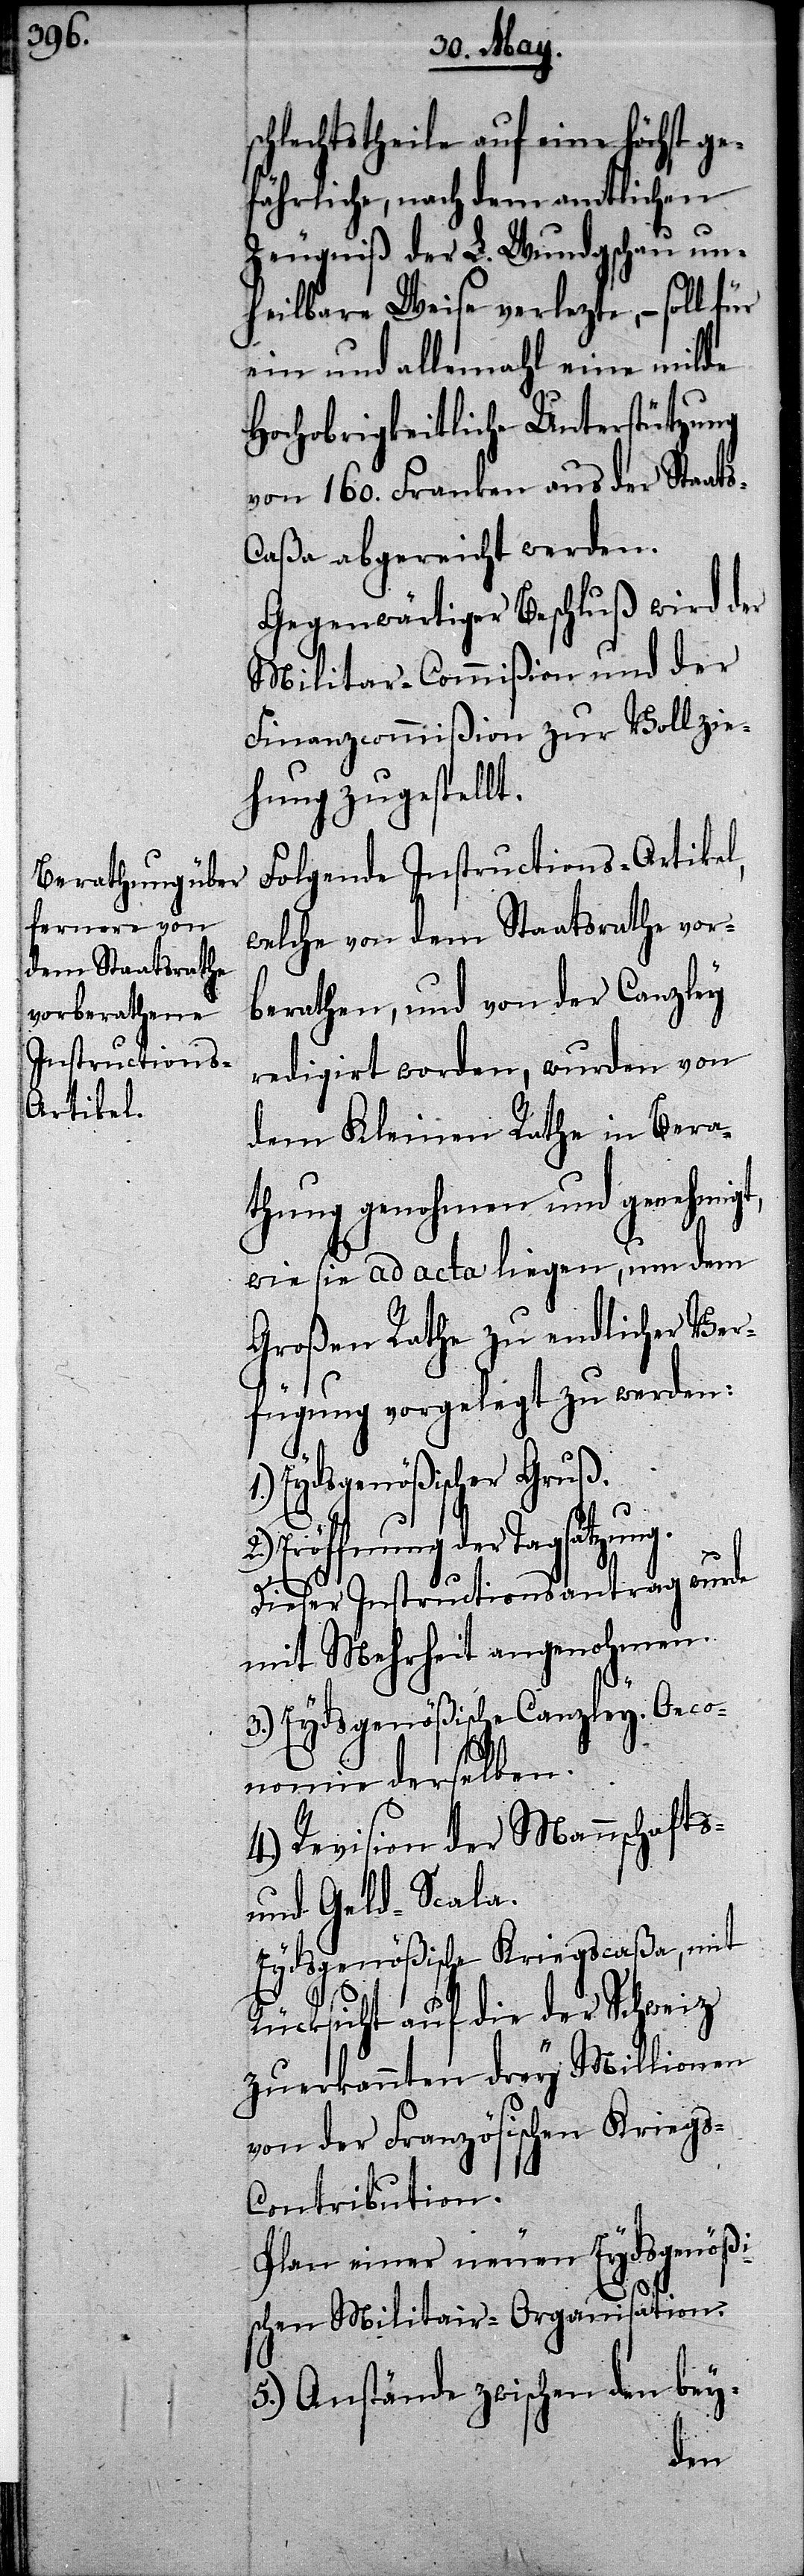
chlechtstheile auf eine höchst ge¬
fährliche, nach dem amtlichen
Zeugniß der L. Wundgschau un¬
heilbare Weise verlezte, – soll für
ein und allemahl eine milde
Hochobrigkeitliche Unterstützung
von 160. Franken aus der Staats¬
caßa abgereicht werden.
Gegenwärtiger Beschluß wird der
Militar-Commißion und der
Finanzcommißion zur Vollzie¬
hung gestellt.
Folgende Instructions-Artikel,
welche von dem Staatsrathe vor¬
berathen, und von der Canzley
redigirt worden, wurden von
dem Kleinen Rathe in Bera¬
thung genohmen und genehmigt,
wie sie ad acta liegen, um dem
Großen Rathe zu endlicher Ver¬
fügung vorgelegt zu werden:
Eydsgenößischer Gruß.
Eröffnung der Tagsatzung.
Dieser Instructionsantrag wurde
mit Mehrheit angenohmen.
3.) Eydsgenößische Canzley. Oeco¬
nomie derselben.
4.) Revision der Mannschafts-
und Geld-Scala.
Eydsgenößische Kriegscaßa, mit
Rücksicht auf die der Schweiz
zuerkannten drey Millionen
von der Französischen Kriegs-C¬
ontribution.
Plan einer neuen Eydsgenößi¬
s¬
schen Militair-Organisation.
5.) Anstände zwischen den bey-